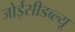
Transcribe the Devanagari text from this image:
जोईसीडब्ल्यू